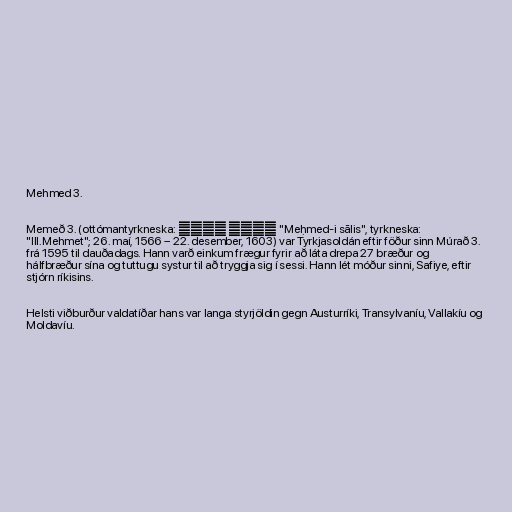
Mehmed 3.

Memeð 3. (ottómantyrkneska: محمد ثالث "Meḥmed-i sālis", tyrkneska:
"III.Mehmet"; 26. maí, 1566 – 22. desember, 1603) var Tyrkjasoldán eftir föður sinn Múrað 3.
frá 1595 til dauðadags. Hann varð einkum frægur fyrir að láta drepa 27 bræður og
hálfbræður sína og tuttugu systur til að tryggja sig í sessi. Hann lét móður sinni, Safiye, eftir
stjórn ríkisins.

Helsti viðburður valdatíðar hans var langa styrjöldin gegn Austurríki, Transylvaníu, Vallakíu og
Moldavíu.